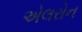
એલરોન